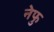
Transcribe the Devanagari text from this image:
नेफु